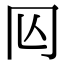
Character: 𠕈